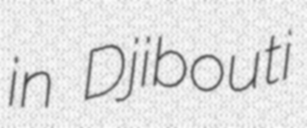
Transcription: in Djibouti